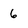
Character: 6